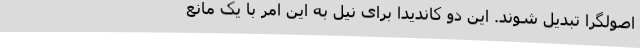
اصولگرا تبدیل شوند. این دو کاندیدا برای نیل به این امر با یک مانع